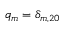
q _ { m } = \delta _ { m , 2 0 }